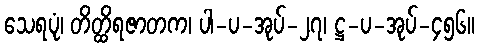
သေရပုံ၊ တိတ္ထိရဇာတက၊ ပါ-ပ-အုပ်-၂၇၊ ဋ္ဌ-ပ-အုပ်-၄၅၆။